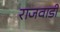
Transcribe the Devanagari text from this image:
राजवाडी